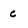
Character: c